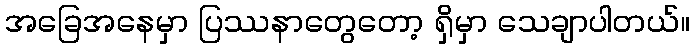
အခြေအနေမှာ ပြဿနာတွေတော့ ရှိမှာ သေချာပါတယ်။